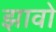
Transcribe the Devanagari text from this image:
झावो